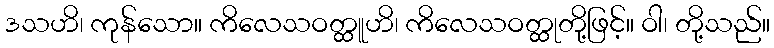
ဒသဟိ၊ ကုန်သော။ ကိလေသဝတ္ထူဟိ၊ ကိလေသဝတ္ထုတို့ဖြင့်။ ဝါ၊ တို့သည်။